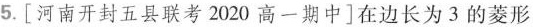
5.[河南开封五县联考2020高一期中]在边长为3的菱形